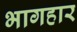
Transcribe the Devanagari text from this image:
भागहार